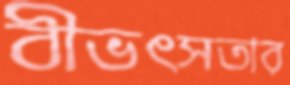
বীভৎসতার